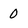
Character: 0